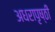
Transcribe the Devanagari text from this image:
अधरापृष्ठी